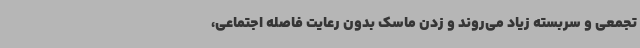
تجمعی و سربسته زیاد می‌روند و زدن ماسک بدون رعایت فاصله اجتماعی،